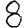
Digit: 8